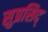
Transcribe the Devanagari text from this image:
सुप्रसिद्